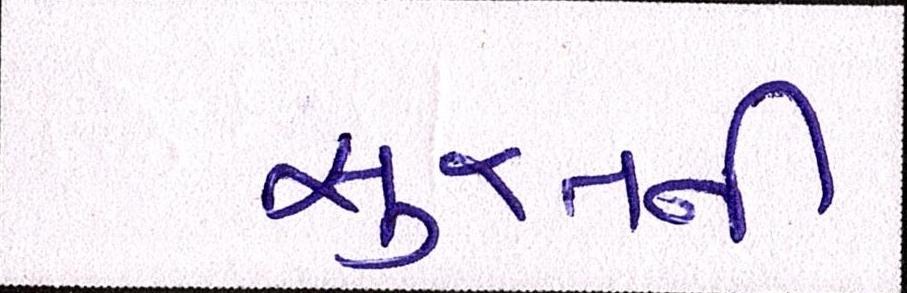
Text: સુરતની